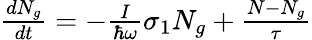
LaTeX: \begin{array}{r}{\frac{dN_{g}}{dt}=-\frac{I}{\hbar\omega}\sigma_{1}N_{g}+\frac{N-N_{g}}{\tau}}\end{array}